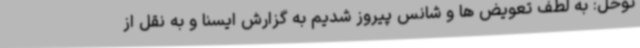
توخل: به لطف تعویض ها و شانس پیروز شدیم به گزارش ایسنا و به نقل از